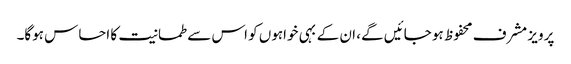
پرویز مشرف محفوظ ہو جائیں گے، ان کے بہی خواہوں کو اس سے طمانیت کا احساس ہوگا۔